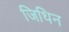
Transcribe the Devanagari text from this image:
जिथिन